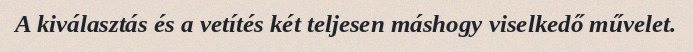
A kiválasztás és a vetítés két teljesen máshogy viselkedő művelet.